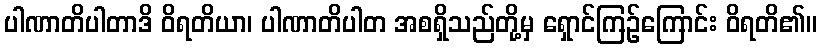
ပါဏာတိပါတာဒိ ဝိရတိယာ၊ ပါဏာတိပါတ အစရှိသည်တို့မှ ရှောင်ကြဉ်ကြောင်း ဝိရတိ၏။